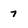
Character: 7